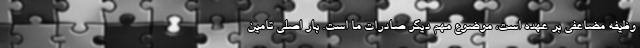
وظیفه مضاعفی بر عهده است، موضوع مهم دیگر صادرات ما است. بار اصلی تامین